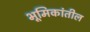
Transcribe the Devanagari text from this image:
भूमिकांतील